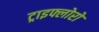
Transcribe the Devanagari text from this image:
ट्राइफ्लोरो